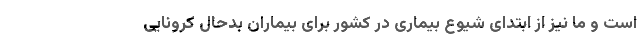
است و ما نیز از ابتدای شیوع بیماری در کشور برای بیماران بدحال کرونایی